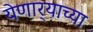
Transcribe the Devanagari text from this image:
येणार्‍याच्या